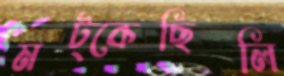
মট্‌কেছিলি